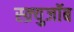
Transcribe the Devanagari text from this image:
स्क्र्युजॉब